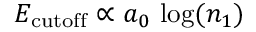
E _ { \mathrm { c u t o f f } } \propto a _ { 0 } \, \log ( n _ { 1 } )